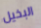
البخيل